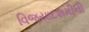
વિજયાદશમીની